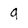
Character: g